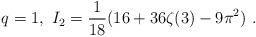
LaTeX: \begin{align*}q=1, \ I_2=\frac1{18}(16+36\zeta(3)-9\pi^2) \ .\end{align*}